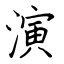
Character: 演